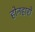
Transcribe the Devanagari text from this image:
होनहारों